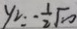
y _ { 2 } = - \frac { 1 } { 2 } \sqrt { 1 0 }